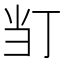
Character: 𭕈